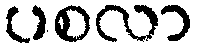
ပစလာ